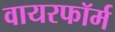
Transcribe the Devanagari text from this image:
वायरफॉर्म